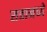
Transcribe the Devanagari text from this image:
सत्रामध्ये